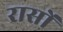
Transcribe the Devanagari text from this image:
रासों